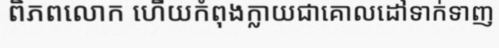
ពិភពលោក ហើយកំពុងក្លាយជាគោលដៅទាក់ទាញ